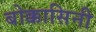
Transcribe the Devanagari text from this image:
बोक्कासिनी